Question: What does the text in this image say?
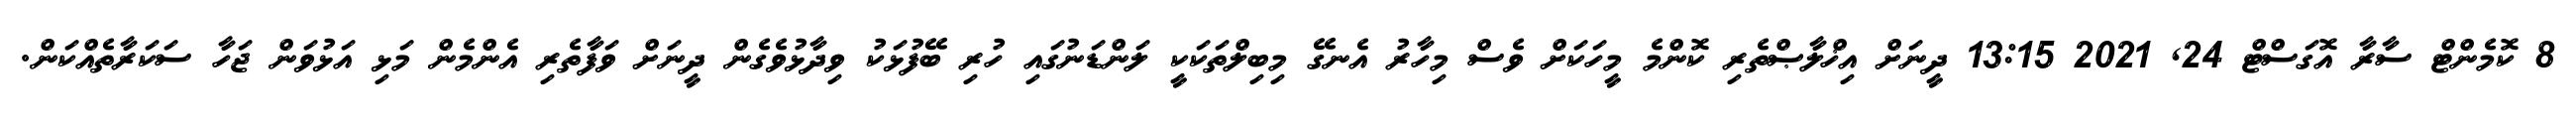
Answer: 8 ކޮމެންޓް ސާރާ އޮގަސްޓް 24, 2021 13:15 ދީނަށް އިޚްލާޞްތެރި ކޮންމެ މީހަކަށް ވެސް މިހާރު އެނގޭ މިބިލްތަކަކީ ލަންޑަނުގައި ހުރި ބޭފުޅަކު ވިދާޅުވެގެން ދީނަށް ވަފާތެރި އެންމެން މަޅި އަޅުވަން ޖަހާ ސަކަރާތެއްކަން.